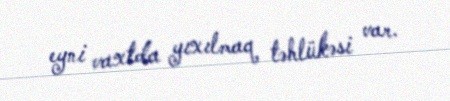
eyni vaxtda yıxılmaq təhlükəsi var.